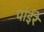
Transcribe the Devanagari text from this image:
पांईंरे